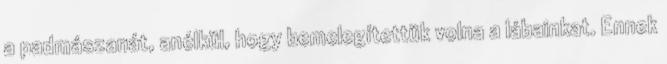
a padmászanát, anélkül, hogy bemelegítettük volna a lábainkat. Ennek